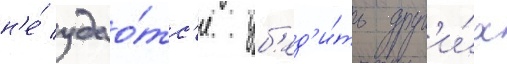
н'е́ удао́тс'я уб'ед'и́ть друг'и́х